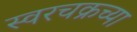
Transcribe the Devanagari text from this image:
स्वरचक्रच्या